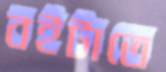
বইটাতে